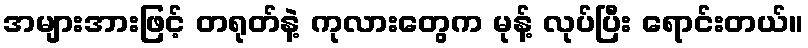
အများအားဖြင့် တရုတ်နဲ့ ကုလားတွေက မုန့် လုပ်ပြီး ရောင်းတယ်။